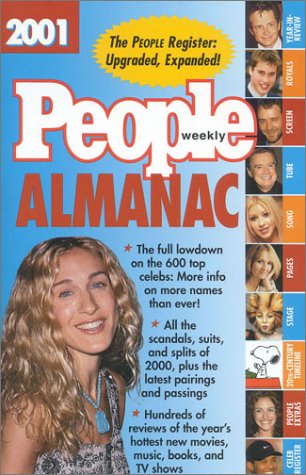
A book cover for PEOPLE: Entertainment Almanac 2001; People Magazine; Humor & Entertainment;